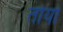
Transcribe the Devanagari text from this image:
तोयो